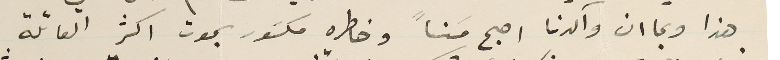
هذا وبما ان وآلدنا اصبح مسَناً وخاطره مكسَور بموت اكثر العائلة